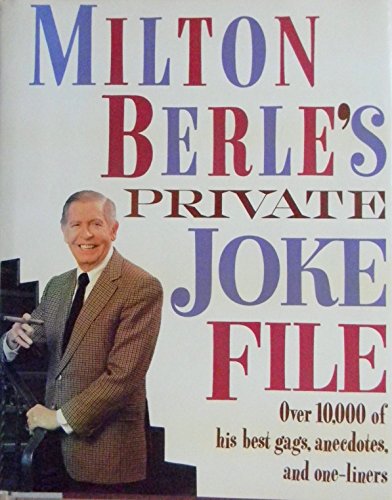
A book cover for Milton Berle's Private Joke File; Milton Berle; Reference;